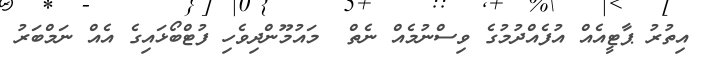
އިތުރު ޕާޓީއެއް އުފެއްދުމުގެ ވިސްނުމެއް ނެތް  މައުމޫންދިވެހި ފުޓްބޯޅައިގެ އެއް ނަމްބަރު